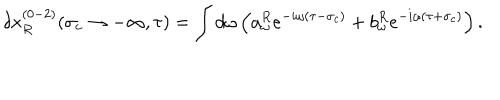
\delta x _ { R } ^ { ( 0 - 2 ) } ( \sigma _ { c } \rightarrow - \infty , \tau ) = \int d \omega \left( a _ { \omega } ^ { R } e ^ { - i \omega ( \tau - \sigma _ { c } ) } + b _ { \omega } ^ { R } e ^ { - i \omega ( \tau + \sigma _ { c } ) } \right) .